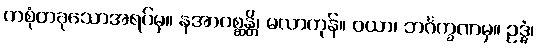
တစုံတခုသောအရပ်မှ။ နအာဂစ္ဆန္တိ၊ မလာကုန်။ ဝယာ၊ ဘင်္ဂက္ခဏမှ။ ဥဒ္ဓံ၊